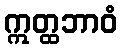
ဣတ္ထဘာဝံ